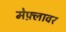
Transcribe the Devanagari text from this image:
मेफ़्लावर